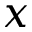
x